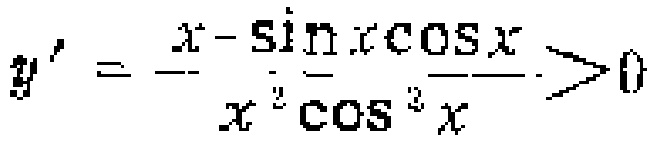
\[y' = \frac{x - \sin x\cos x}{x^{2}\cos^{2}x}>0\]